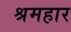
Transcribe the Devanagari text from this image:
श्रमहार